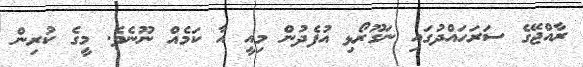
ރާއްޖޭގެ ސަރަހައްދުގައި ނަގޫރޯޅި އުފެދުން މިއީ އާ ކަމެއް ނޫނެވެ. މީގެ ކުރިން